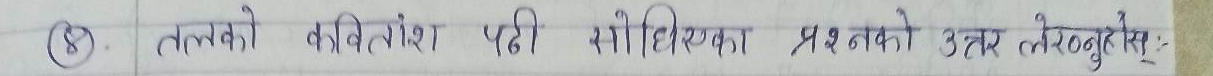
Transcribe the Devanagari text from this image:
(8) तलको कवितांश पढी सोधिएका प्रश्नको उत्तर लेख्नुहोस्।